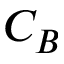
C _ { B }